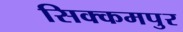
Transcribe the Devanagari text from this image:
सिक्कमपुर